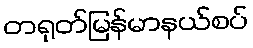
တရုတ်မြန်မာနယ်စပ်